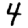
Digit: 4